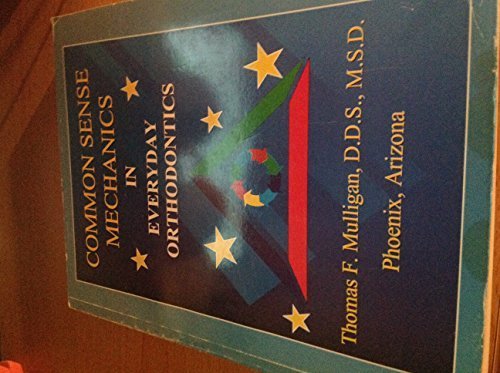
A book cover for Common sense mechanics in everyday orthodontics; Thomas F Mulligan; Medical Books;